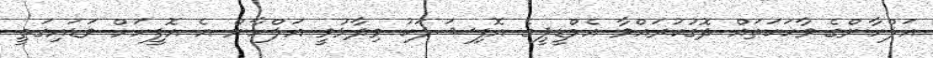
އަލްހާންގެ ވާހަކަތައް ދޮގުކުރައްވާ އެމްޑީޕީގެ އޮފިޝަލަކު ވިދާޅުވީ އަލްހާން އެ އޮފީހަށް ވަޑައިގަތީ